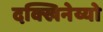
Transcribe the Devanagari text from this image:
दक्खिनेय्यो